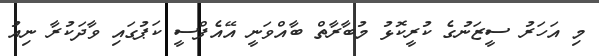
މި އަހަރު ސީޒަނުގެ ކުރީކޮޅު މުބާރާތް ބާއްވަނީ އޭއެފްސީ ކަޕުގައި ވާދަކުރާ ނިއު